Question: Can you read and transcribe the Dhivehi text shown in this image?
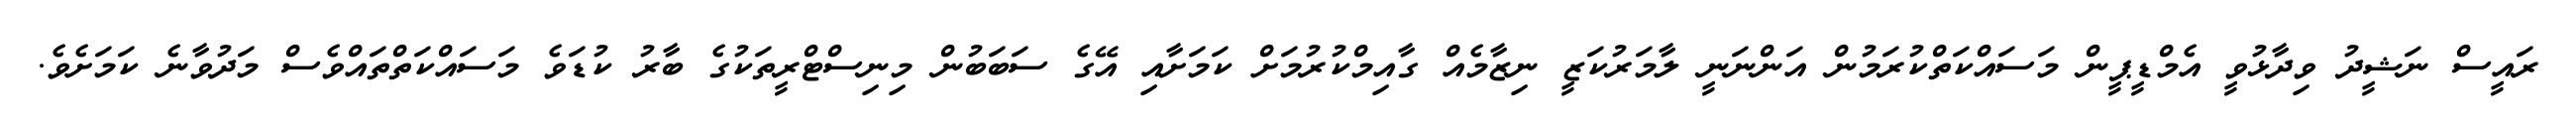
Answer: ރައީސް ނަޝީދު ވިދާޅުވީ އެމްޑީޕީން މަސައްކަތްކުރަމުން އަންނަނީ ލާމަރުކަޒީ ނިޒާމެއް ގާއިމްކުރުމަށް ކަމަށާއި އޭގެ ސަބަބުން މިނިސްޓްރީތަކުގެ ބާރު ކުޑަވެ މަސައްކަތްތައްވެސް މަދުވާނެ ކަމަށެވެ.